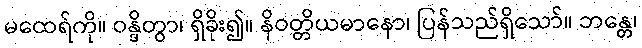
မထေရ်ကို။ ဝန္ဒိတွာ၊ ရှိခိုး၍။ နိဝတ္တိယမာနော၊ ပြန်သည်ရှိသော်။ ဘန္တေ၊